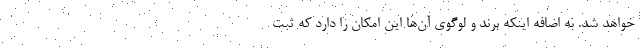
خواهد شد. به اضافه اینکه برند و لوگوی آن‌ها این امکان را دارد که ثبت